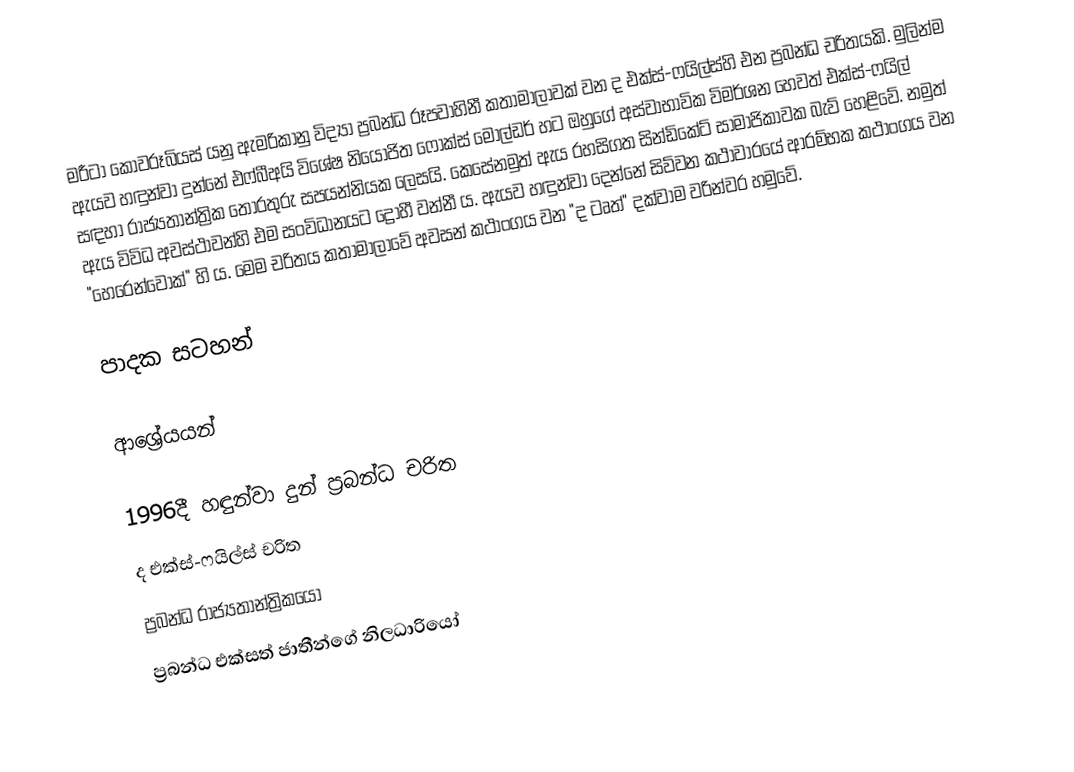
මරීටා කොවරූබියස් යනු ඇමරිකානු විද්‍යා ප්‍රබන්ධ රූපවාහිනී කතාමාලාවක් වන ද එක්ස්-ෆයිල්ස්හි එන ප්‍රබන්ධ චරිතයකි. මුලින්ම ඇයව හඳුන්වා දුන්නේ එෆ්බීඅයි විශේෂ නියෝජිත ෆොක්ස් මෝල්ඩර් හට ඔහුගේ අස්වාභාවික විමර්ශන හෙවත් එක්ස්-ෆයිල් සඳහා රාජ්‍යතාන්ත්‍රික තොරතුරු සපයන්නියක ලෙසයි. කෙසේනමුත් ඇය රහසිගත සින්ඩිකේට් සාමාජිකාවක බැව් හෙළිවේ. නමුත් ඇය විවිධ අවස්ථාවන්හි එම සංවිධානයට ද්‍රෝහී වන්නී ය. ඇයව හඳුන්වා දෙන්නේ සිව්වන කථාවාරයේ ආරම්භක කථාංගය වන "හෙරෙන්වෝක්" හි ය. මෙම චරිතය කතාමාලාවේ අවසන් කථාංගය වන "ද ටෘත්" දක්වාම වරින්වර හමුවේ.

පාදක සටහන්

ආශ්‍රේයයන්

1996දී හඳුන්වා දුන් ප්‍රබන්ධ චරිත
ද එක්ස්-ෆයිල්ස් චරිත
ප්‍රබන්ධ රාජ්‍යතාන්ත්‍රිකයෝ
ප්‍රබන්ධ එක්සත් ජාතීන්ගේ නිලධාරියෝ